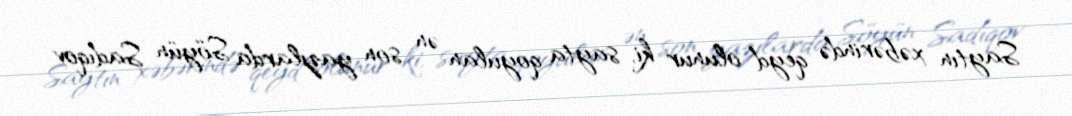
Saytın xəbərində qeyd olunur ki, sayta qoyulan ən son yazılarda Söyün Sadıqov